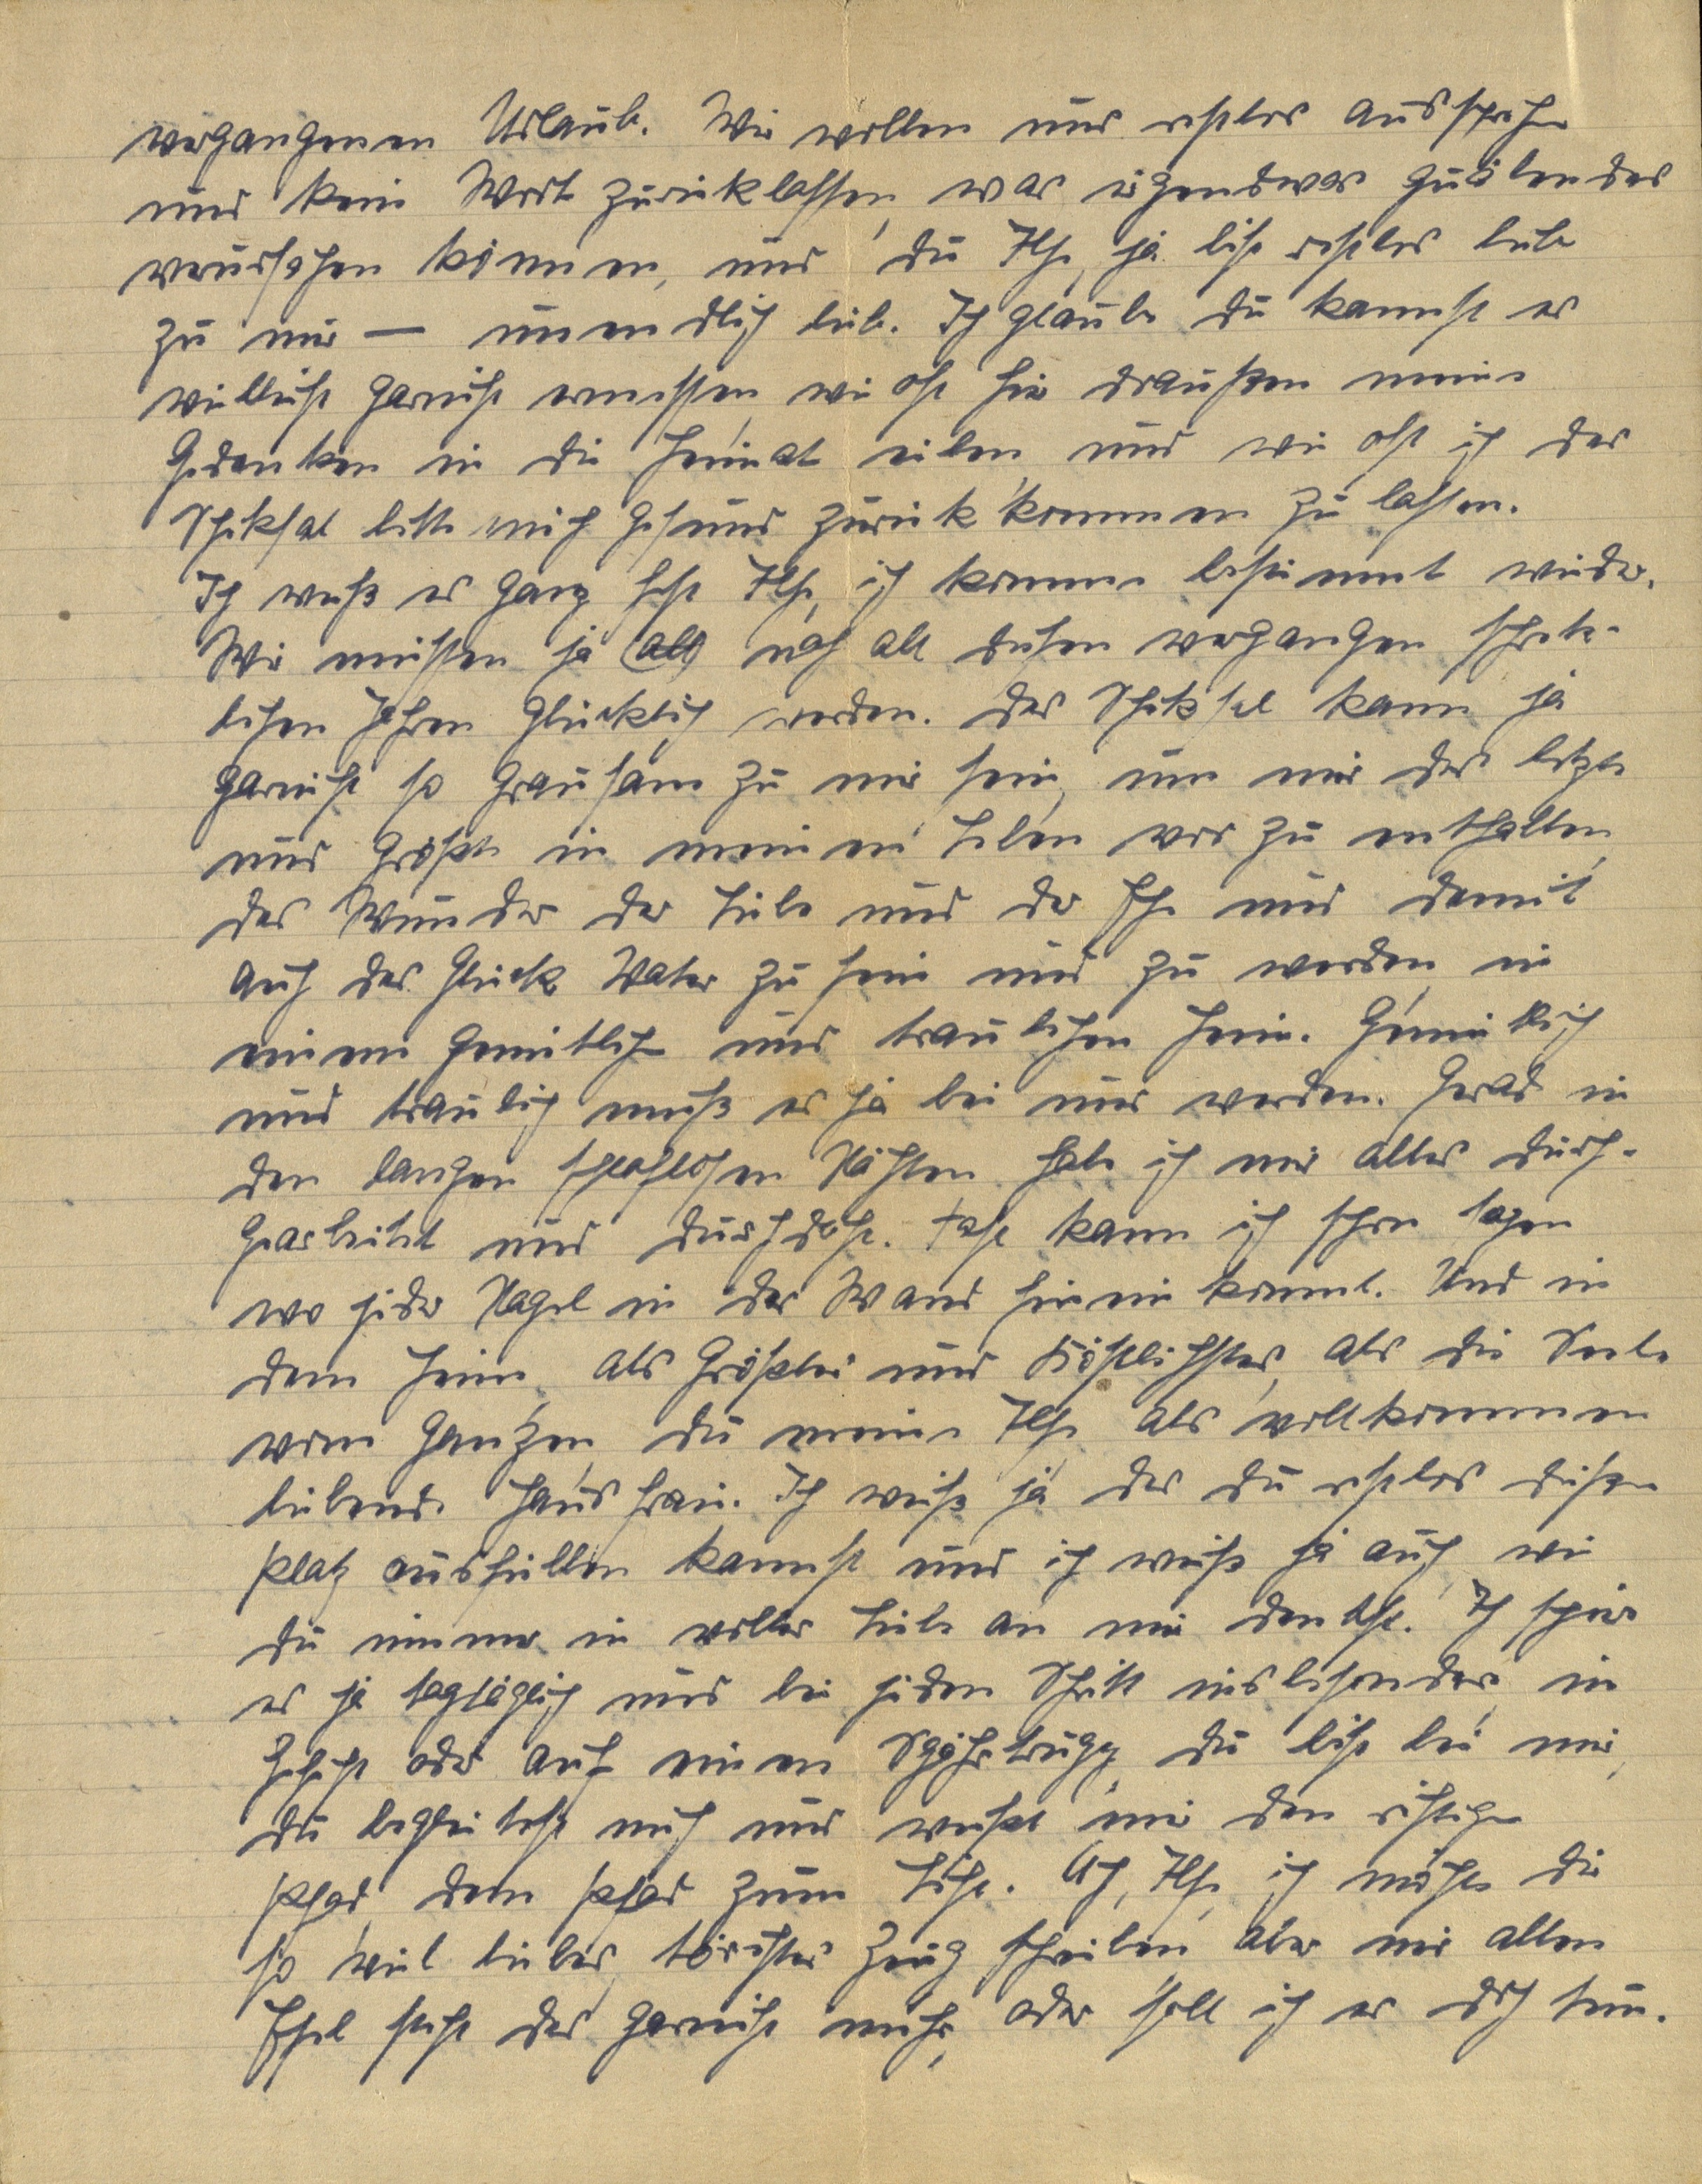
vergangenen Urlaub. Wir wollen uns restlos aussprechen
und kein Wort zurücklassen, was irgendwas quälendes
verursachen könnte, und du Ilse, ja bist restlos lieb
zu mir — unendlich lieb. Ich glaube du kannst es
vielleicht garnicht ermessen, wie oft hier draußen meine
Gedanken in die Heimat eilen, und wie oft ich das
Schicksal bitte mich gesund zurück kommen zu lassen.
Ich weiß es ganz fest Ilse, ich komme bestimmt wieder.
Wir müssen ja all nach all diesen vergangen schreck¬
lichen Jahren glücklich werden. Das Schicksal kann ja
garnicht so grausam zu mir sein, um mir das letzte
und Größte in meinen Leben vor zu enthalten
das Wunder der Liebe und der Ehe und damit
auch das Glück Vater zu sein und zu werden, in
einem gemütlichen und traulichen Heim. Gemütlich
und traulich muß es ja bei mir werden. Grad in
den langen schlaflosen Nächten habe ich mir alles durch¬
gearbeitet und durchdacht. Fast kann ich schon sagen
wo jeder Nagel in der Wand hinein kommt. Und in
dem Heim als Größtes und Köstlichstes, als die Seele
vom Ganzen, du meine Ilse, als vollkommen
liebende Hausfrau. Ich weiß ja das du restlos diesen
Platz ausfüllen kannst und ich weiß ja auch, wie
du immer in voller Liebe an mir denkst. Ich spür
es ja tagtäglich und bei jedem Schritt insbesonders in
Gefecht oder auf einen Spähetrupp, du bist bei mir,
du begleitest mich und weißt mir den richtigen
Pfad, den Pfad zum Licht. Ach, Ilse, ich möchte dir
so viel liebes törichtes Zeug schreiben aber mir alten
Esel steht das garnicht mehr, oder soll ich es doch tun.